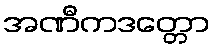
အဏီကဒတ္တော